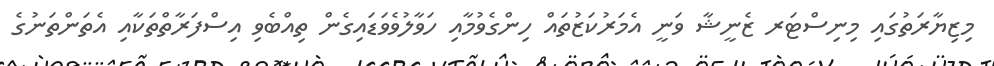
މިޒިޔާރަތުގައި މިނިސްޓަރ ޒެނީޝާ ވަނީ އެމަރުކަޒުތައް ހިންގެވުމާއި ހަވާލުވެވަޑައިގެން ތިއްބެވި އިސްފަރާތްތަކާއި އެތަންތަނުގެ